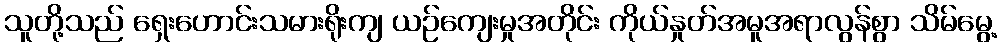
သူတို့သည် ရှေးဟောင်းသမားရိုးကျ ယဉ်ကျေးမှုအတိုင်း ကိုယ်နှုတ်အမူအရာလွန်စွာ သိမ်မွေ့